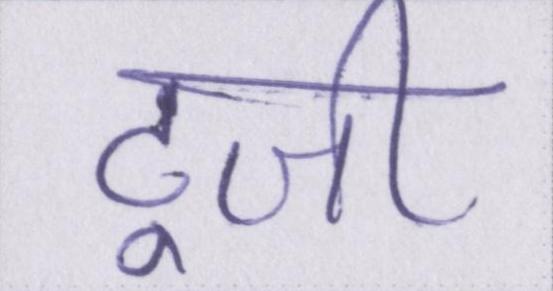
टूजी